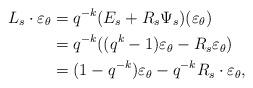
LaTeX: \begin{align*} L_s \cdot \varepsilon_\theta & = q^{-k}(E_{s} + R_{s}\Psi_{s})(\varepsilon_\theta)\\ & = q^{-k}((q^k - 1)\varepsilon_\theta - R_{s}\varepsilon_\theta)\\ & = (1 - q^{-k})\varepsilon_\theta - q^{-k}R_{s}\cdot \varepsilon_\theta,\end{align*}